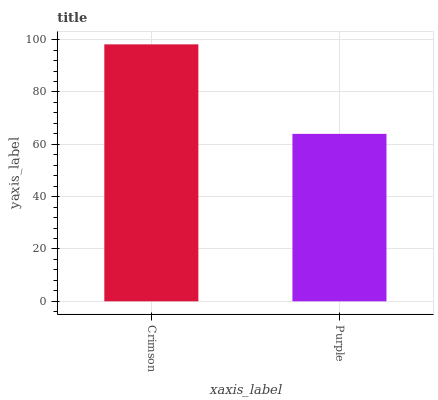
| xaxis_label | bars |
 | --- | --- |
 | Crimson | 98.2 |
 | Purple | 64 |